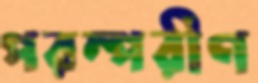
পরম্পরীণ